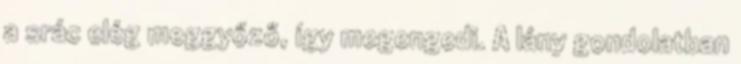
a srác elég meggyőző, így megengedi. A lány gondolatban